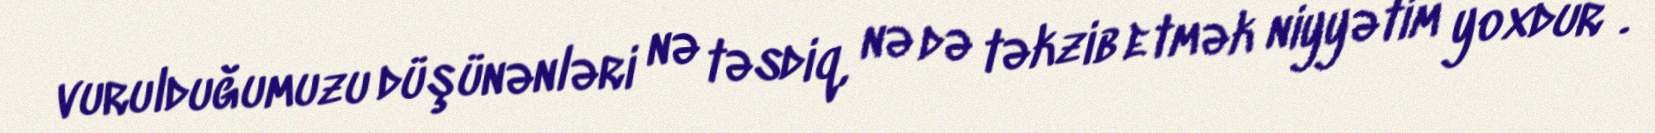
vurulduğumuzu düşünənləri nə təsdiq, nə də təkzib etmək niyyətim yoxdur”.